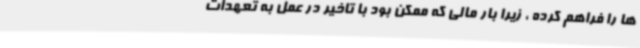
ها را فراهم کرده ، زیرا بار مالی که ممکن بود با تاخیر در عمل به تعهدات